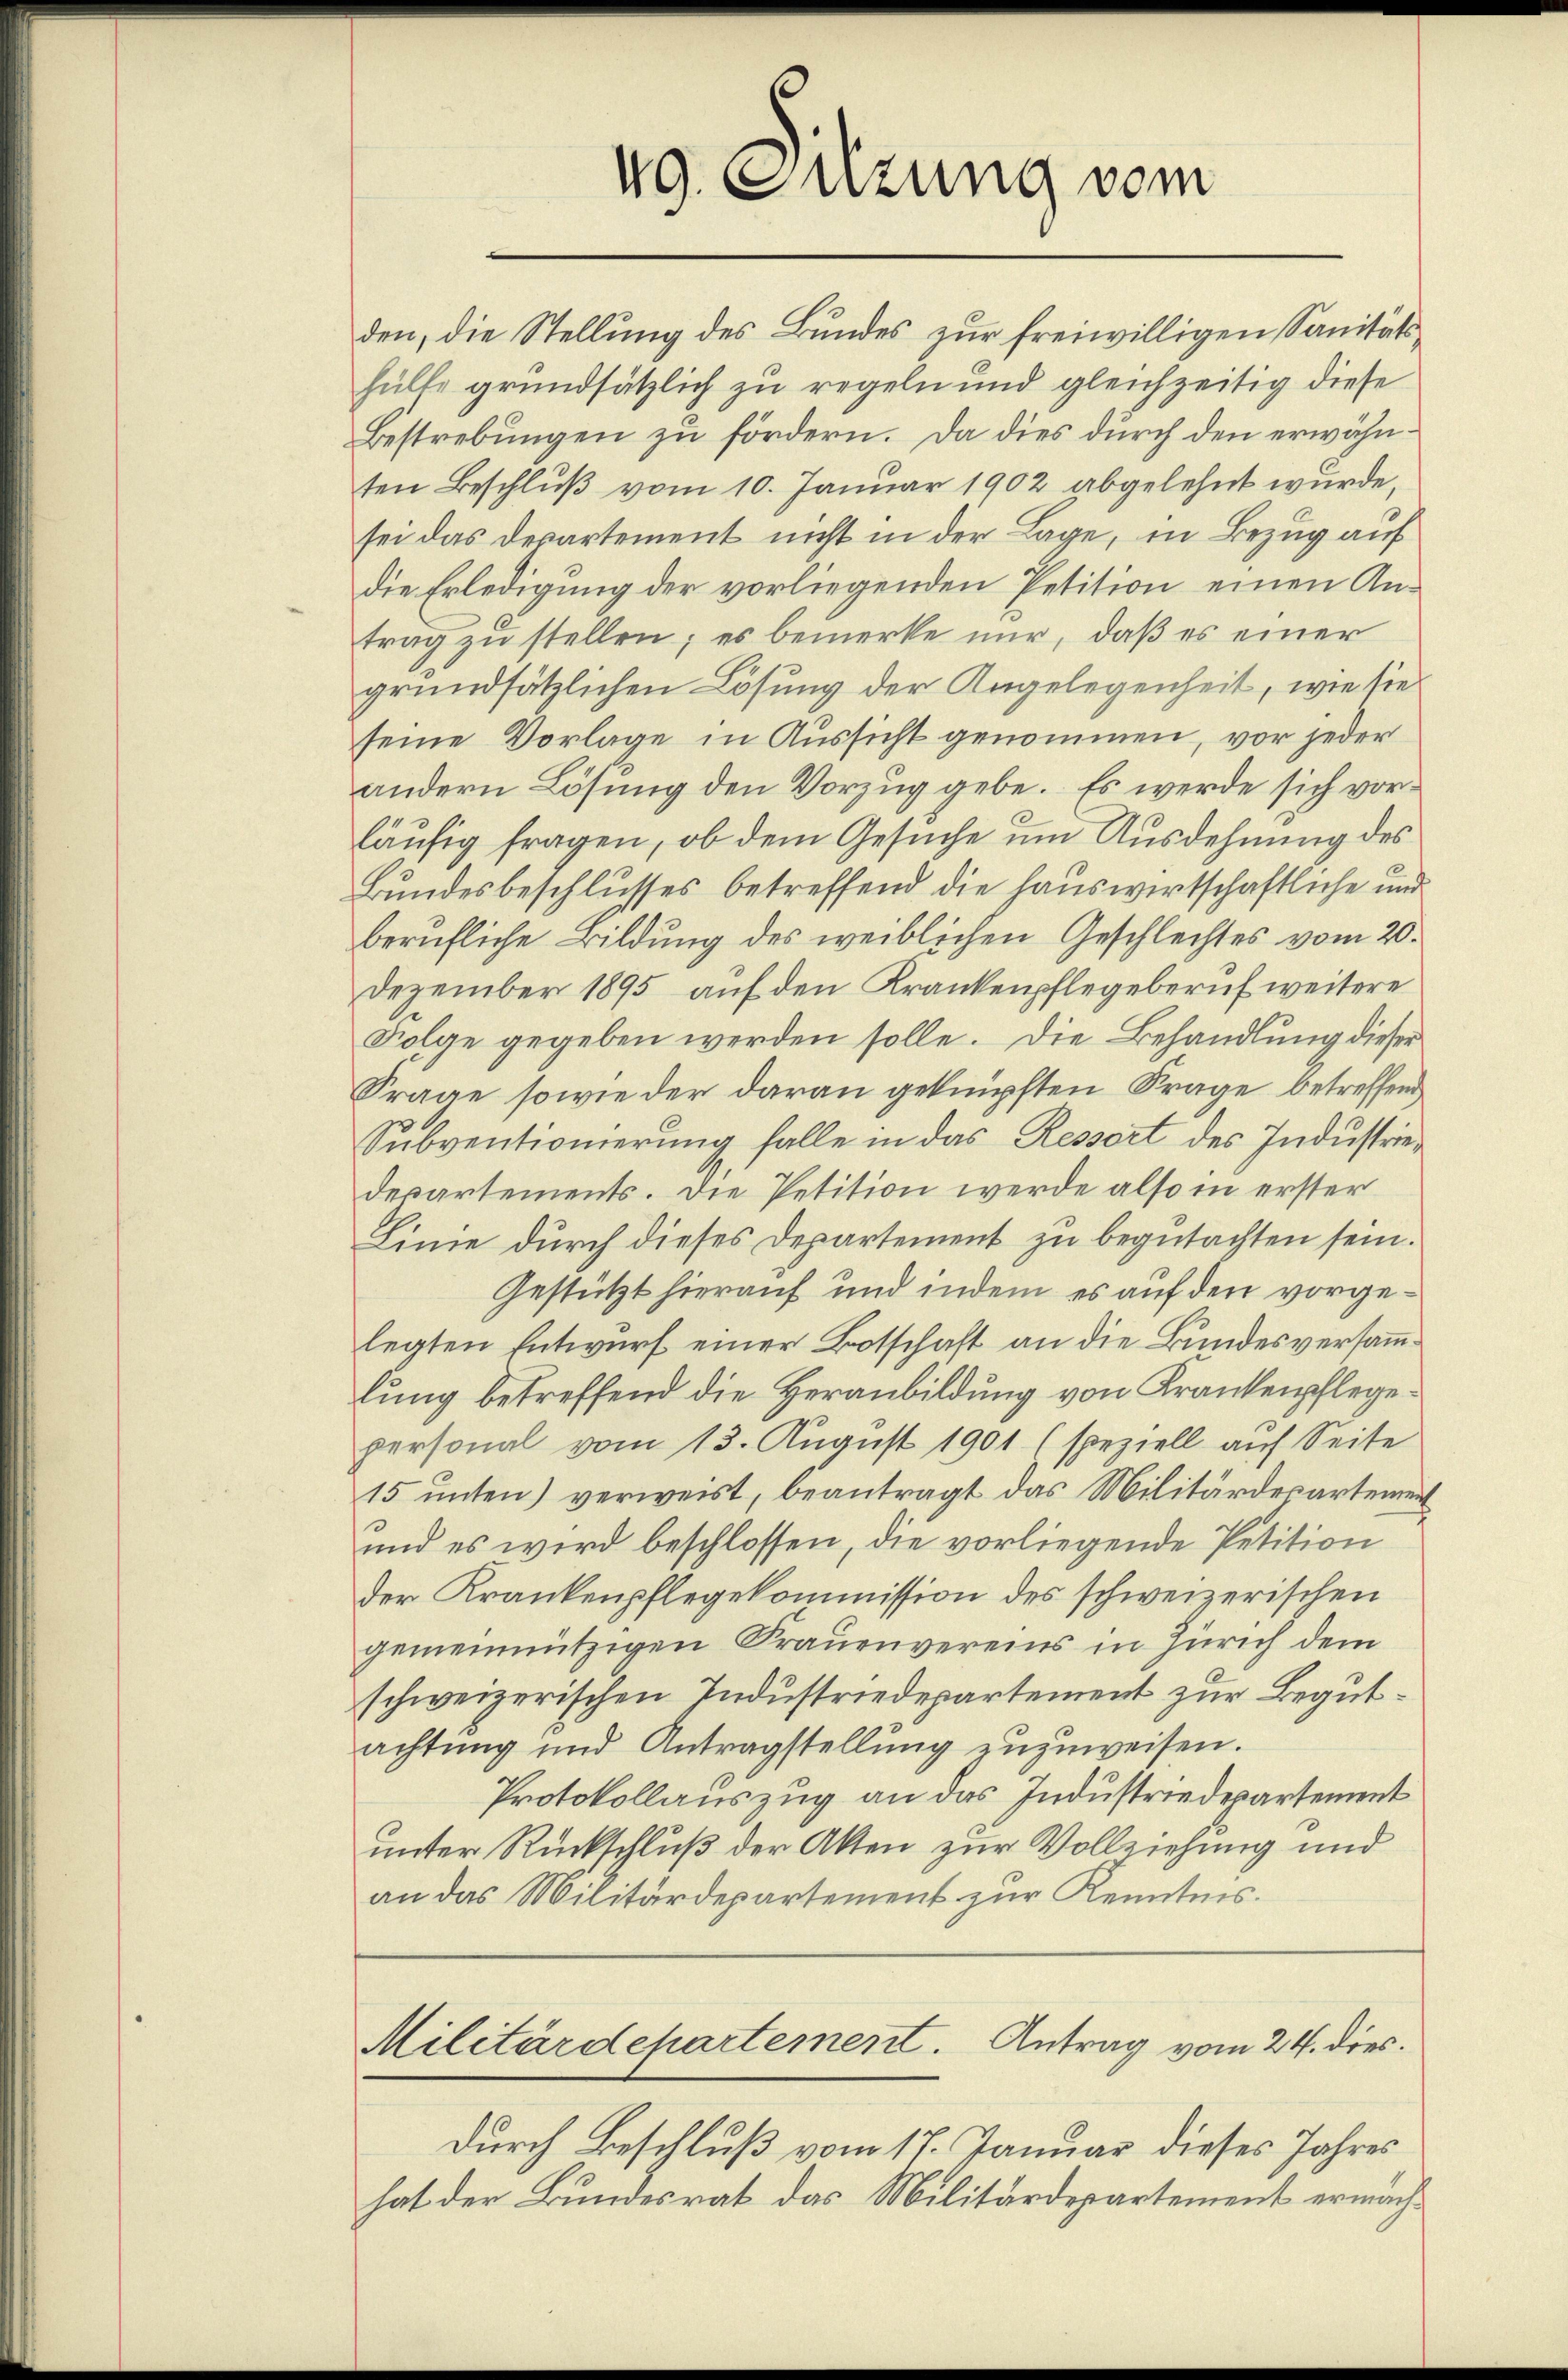
den, die Stellung des Bundes zur freiwilligen Sanitätshülte grundsätzlich zu regeln und gleichzeitig diese
Bestrebungen zu fördern. Da dies durch den erwähnten Beschluß vom 10. Januar 1902 abgelehnt wurde,
sei das Departement nicht in der Lage, in Bezug auf
die Erledigung der vorliegenden Petition einen Antrag zu stellen; es bemerke nur, daß es einer
grundsätzlichen Lösung der Angelegenheit, wie sie
seine Vorlage in Aussicht genommen, vor jeder
andern Lösung den Vorzug gebe. Es werde sich vorläufig fragen, ob dem Gesuche um Ausdehnung des
Bundesbeschlusses betreffend die Hauswirtschaftliche und
berufliche Bildung des weiblichen Geschlechtes vom 20.
Dezember 1895 auf den Krankenpflegeberuf weitere
.
Folge gegeben werden solle. Die Behandlung dieser
Frage sowie der daran geknüpften Frage betreffend
Subventionierung falle in das Ressort des Industriedepartements. Die Petition werde also in erster
Linie durch dieses Departement zu begutachten sein.
Gestützt hierauf und indem es auf den vorgelegten Entwurf einer Botschaft an die Bundesversammlung betreffend die Heranbildung von Krankenpflegepersonal vom 13. August 1901 (speziell auf Seite
15 unten) verweist, beantragt das Militärdepartement
und es wird beschlossen, die vorliegende Petition
der Krankenpflegekommission des schweizerischen
gemeinnützigen Frauenvereins in Zürich dem
schweizerischen Industriedepartement zur Begutachtung und Antragstellung zuzuweisen.
Protokollauszug an das Industriedepartement
unter Rückschluß der Akten zur Vollziehung und
an das Militärdepartement zur Kenntnis.
Militärdepartement. Antrag vom 24. dies.
durch Beschluß vom 17. Januar dieses Jahres
hat der Bundesrat das Militärdepartement ermach¬

49. Suzung vom